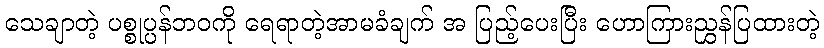
သေချာတဲ့ ပစ္စုပ္ပန်ဘဝကို ရေရာတဲ့အာမခံချက် အ ပြည့်ပေးပြီး ဟောကြားညွှန်ပြထားတဲ့